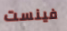
فينست